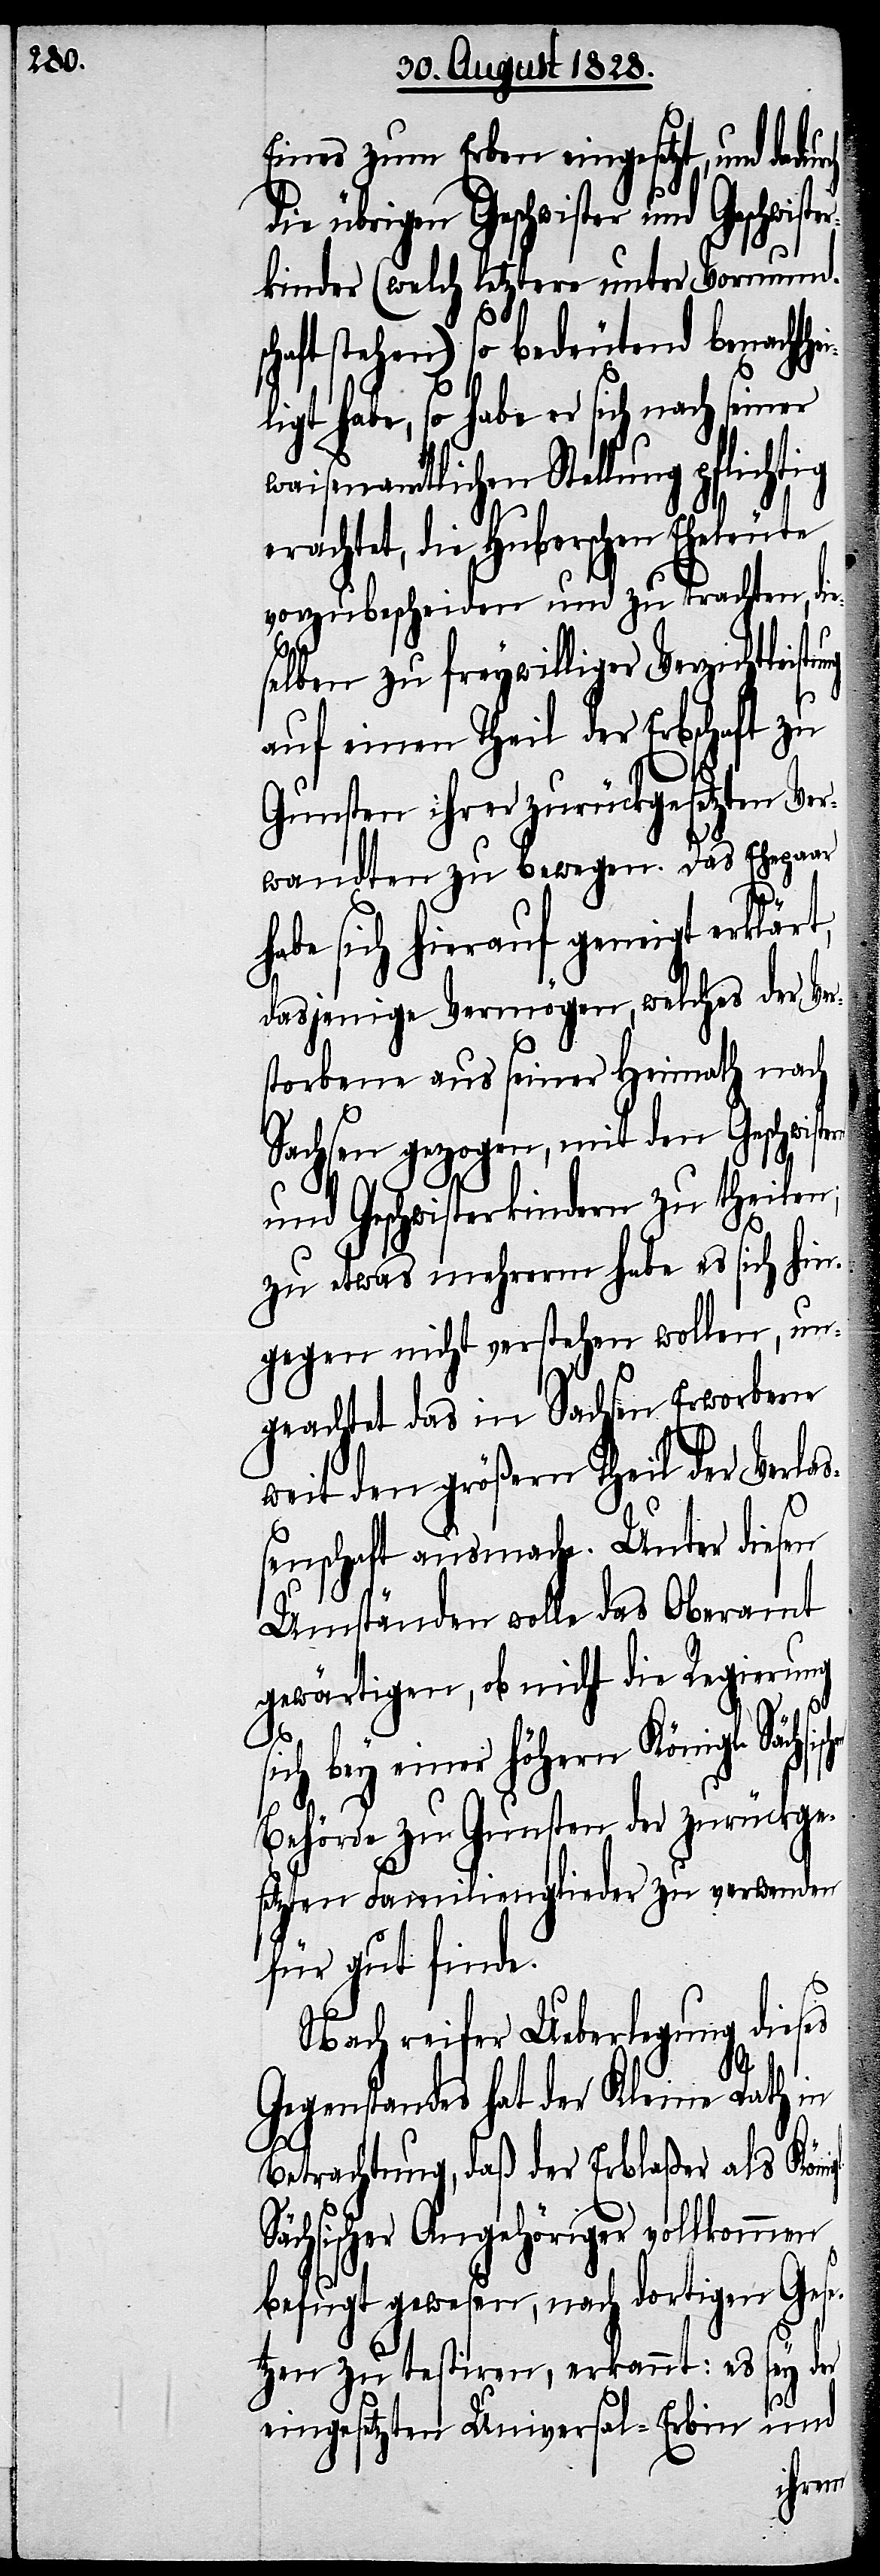
Eines zum Erben eingesetzt, und dadu¬
die übrigen Geschwister und Geschwist¬
kinder (welch letztere unter Vormunds¬
chaft stehen) so bedeutend benachthe¬
igt habe, so habe er sich nach sein¬
waisenamtlichen Stellung pflichtig
erachtet, die Huberschen Eheleute
vorzubescheiden und zu trachten, die¬
selben zu freywilliger Verzichtleis¬
auf einen Theil der Erbschaft zu
Gunsten ihrer zurückgesetzten Ver¬
wandten zu bewegen. Das Ehepaar
abe sich hierauf geneigt
dasjenige Vermögen, welches der Ver¬
storbene aus seiner Heimath nach
Sachsen gezogen, mit den Geschwist¬
S¬
und Geschwisterkindern zu theilen;
zu etwas mehrerm habe es sich hin¬
gegen nicht verstehen wollen, un¬
geachtet das in Sachsen Erworbene
weit den größern Theil der Verlaß¬
enschaft ausmache. Unter diesen
Umständen wolle das Oberamt
gewärtigen, ob nicht die Regierung
sischen
sich bey einer höhern Kö¬
Behörde zu Gunsten der zurückge¬
setzten Familienglieder zu verwenden
für gut finde.
Nach reifer Ueberlegung dieses
Gegenstandes hat der Kleine Rath in
Betrachtung, daß der Erblaßer als Köni¬
ächsischer Angehöriger vollkommen
befugt gewesen, nach dortigen Gese¬
sey der
tzen zu testiren, erkannt: es
gl.
und
eingesetzten Universal-Erbin
ern